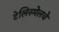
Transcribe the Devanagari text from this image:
टेलिस्मेलचे